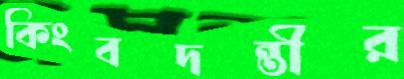
কিংবদন্তীর